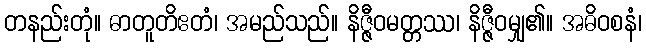
တနည်းတုံ။ ဓာတူတိဧတံ၊ အမည်သည်။ နိဇ္ဇီဝမတ္တဿ၊ နိဇ္ဇီဝမျှ၏။ အဓိဝစနံ၊